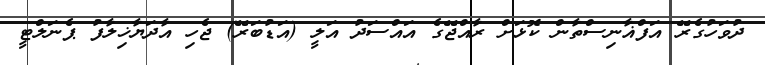
ދުވަހުގެރޭ އަފްޣާނިސްތާން ކޮޅަށް ރާއްޖޭގެ އައްސަދު އަލީ (އަޑުބަރޭ) ޖެހި އާދަޔާޚިލާފު ޕެނަލްޓީ